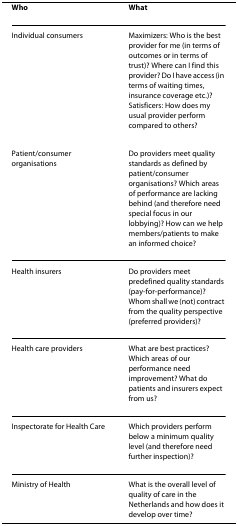
<table><thead><tr><td><b>Who</b></td><td><b>What</b></td></tr></thead><tbody><tr><td>Individual consumers</td><td>Maximizers: Who is the best provider for me (in terms of outcomes or in terms of trust)? Where can I find this provider? Do I have access (in terms of waiting times, insurance coverage etc.)?Satisficers: How does my usual provider perform compared to others?</td></tr><tr><td>Patient/consumer organisations</td><td>Do providers meet quality standards as defined by patient/consumer organisations? Which areas of performance are lacking behind (and therefore need special focus in our lobbying)? How can we help members/patients to make an informed choice?</td></tr><tr><td>Health insurers</td><td>Do providers meet predefined quality standards (pay-for-performance)? Whom shall we (not) contract from the quality perspective (preferred providers)?</td></tr><tr><td>Health care providers</td><td>What are best practices? Which areas of our performance need improvement? What do patients and insurers expect from us?</td></tr><tr><td>Inspectorate for Health Care</td><td>Which providers perform below a minimum quality level (and therefore need further inspection)?</td></tr><tr><td>Ministry of Health</td><td>What is the overall level of quality of care in the Netherlands and how does it develop over time?</td></tr></tbody></table>